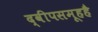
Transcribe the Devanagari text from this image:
द्वीपसमूहहै